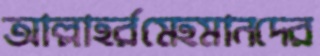
আল্লাহর্রমেহমানদের